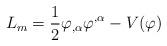
LaTeX: \begin{align*}L_{m}= \frac{1}{2}\varphi_{,\alpha}\varphi^{,\alpha}-V(\varphi) \end{align*}